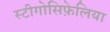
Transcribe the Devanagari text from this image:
स्टीगोसिफ़ेलिया